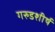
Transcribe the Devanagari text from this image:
गरुडशीर्ष